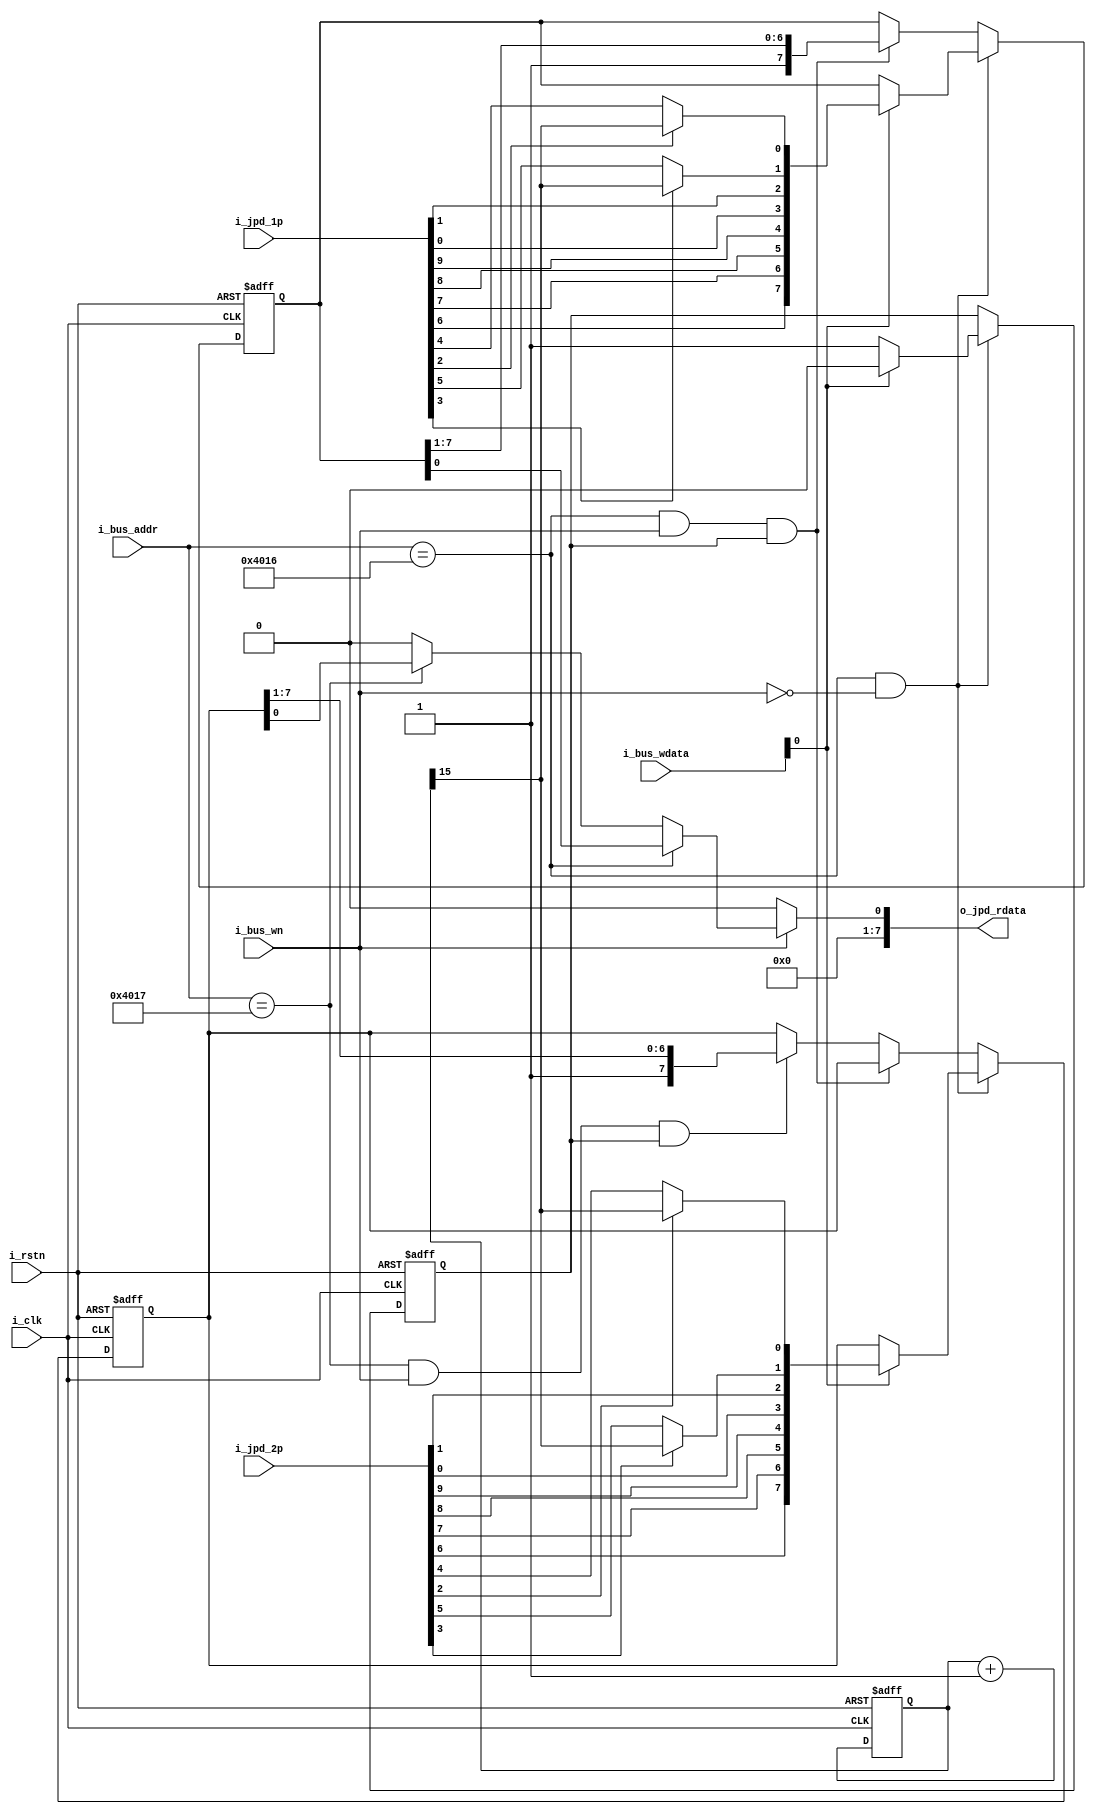
module joypad_ctrl(
    input           i_clk           ,
    input           i_rstn          ,
    input [9:0]     i_jpd_1p        ,
    input [9:0]     i_jpd_2p        ,
    
    //slave port
    input   [15:0]  i_bus_addr      ,
    input           i_bus_wn        ,
    input   [7:0]   i_bus_wdata     ,
    output  [7:0]   o_jpd_rdata     
);


/*
assign o_jp_vector = {  r_up        , 
                        r_down      ,
                        r_left      ,
                        r_right     ,
                        r_b         ,
                        r_a         ,
                        r_tb        ,
                        r_ta        ,
                        r_select    ,
                        r_start     };
*/

wire c_1p_up       ;
wire c_1p_down     ;
wire c_1p_left     ;
wire c_1p_right    ;
wire c_1p_b        ;
wire c_1p_a        ;
wire c_1p_tb       ;
wire c_1p_ta       ;
wire c_1p_select   ;
wire c_1p_start    ;


wire c_2p_up       ;
wire c_2p_down     ;
wire c_2p_left     ;
wire c_2p_right    ;
wire c_2p_b        ;
wire c_2p_a        ;
wire c_2p_tb        ;
wire c_2p_ta        ;
wire c_2p_select   ;
wire c_2p_start    ;

wire c_1p_rb       ;
wire c_1p_ra       ;
wire c_2p_rb       ;
wire c_2p_ra       ;

reg [15:0] r_turbo      ;
reg [7:0]  r_1p_keys    ;
reg [7:0]  r_2p_keys    ;
reg        r_keys_val   ;

always @ (posedge i_clk or negedge i_rstn) begin
    if(~i_rstn) begin
    end
    else begin
    end
end


assign c_1p_up      = i_jpd_1p[9] ;
assign c_1p_down    = i_jpd_1p[8] ;
assign c_1p_left    = i_jpd_1p[7] ;
assign c_1p_right   = i_jpd_1p[6] ;
assign c_1p_b       = i_jpd_1p[5] ;
assign c_1p_a       = i_jpd_1p[4] ;
assign c_1p_tb      = i_jpd_1p[3] ;
assign c_1p_ta      = i_jpd_1p[2] ;
assign c_1p_select  = i_jpd_1p[1] ;
assign c_1p_start   = i_jpd_1p[0] ;

assign c_2p_up      = i_jpd_2p[9] ;
assign c_2p_down    = i_jpd_2p[8] ;
assign c_2p_left    = i_jpd_2p[7] ;
assign c_2p_right   = i_jpd_2p[6] ;
assign c_2p_b       = i_jpd_2p[5] ;
assign c_2p_a       = i_jpd_2p[4] ;
assign c_2p_tb      = i_jpd_2p[3] ;
assign c_2p_ta      = i_jpd_2p[2] ;
assign c_2p_select  = i_jpd_2p[1] ;
assign c_2p_start   = i_jpd_2p[0] ;

//turbo mode
always @ (posedge i_clk or negedge i_rstn) begin
    if(~i_rstn) begin
        r_turbo <= 16'h0;
    end
    else begin
        r_turbo <= r_turbo + 16'h1;
    end
end

assign c_1p_ra = c_1p_ta ? r_turbo[15] : c_1p_a;
assign c_1p_rb = c_1p_tb ? r_turbo[15] : c_1p_b;
assign c_2p_ra = c_2p_ta ? r_turbo[15] : c_2p_a;
assign c_2p_rb = c_2p_tb ? r_turbo[15] : c_2p_b;

//the output order: A, B, Select, Start, Up, Down, Left, Right

//strobe and shift out
always @ (posedge i_clk or negedge i_rstn) begin
    if(~i_rstn) begin
        r_1p_keys <= 8'h0;
        r_2p_keys <= 8'h0;
        r_keys_val <= 1'b0;
    end
    else begin
        if((i_bus_addr==16'h4016) & ~i_bus_wn) begin
            if(i_bus_wdata[0]) begin
                r_1p_keys <= {c_1p_right, c_1p_left, c_1p_down, c_1p_up, c_1p_start, c_1p_select, c_1p_rb, c_1p_ra};
                r_2p_keys <= {c_2p_right, c_2p_left, c_2p_down, c_2p_up, c_2p_start, c_2p_select, c_2p_rb, c_2p_ra};
                r_keys_val <= 1'b0;
            end
            else begin
                r_keys_val <= 1'b1;
            end
        end
        else if((i_bus_addr==16'h4016) & i_bus_wn & r_keys_val) begin
            r_1p_keys <= {1'b1, r_1p_keys[7:1]};
        end
        else if((i_bus_addr==16'h4017) & i_bus_wn & r_keys_val) begin
            r_2p_keys <= {1'b1, r_2p_keys[7:1]};
        end
    end
end

//output 
assign o_jpd_rdata =    ~i_bus_wn ? 8'h0 :
                        i_bus_addr==16'h4016 ? {7'h0, r_1p_keys[0]} :
                        i_bus_addr==16'h4017 ? {7'h0, r_2p_keys[0]} :
                        8'h0;

endmodule